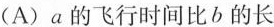
(A) a的飞行时间比b的长